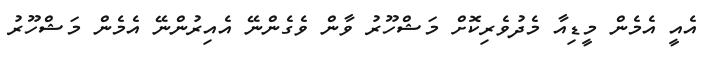
އެއީ އެމެން މީޑިއާ މެދުވެރިކޮށް މަޝްހޫރު ވާން ވެގެންނޭ އެއިރުންނޭ އެމެން މަޝްހޫރު